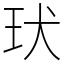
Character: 㺴